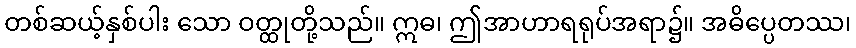
တစ်ဆယ့်နှစ်ပါး သော ဝတ္ထုတို့သည်။ ဣဓ၊ ဤအာဟာရရုပ်အရာ၌။ အဓိပ္ပေတဿ၊